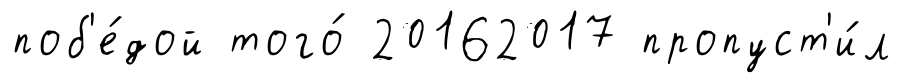
поб'е́дой того́ 20162017 пропуст'и́л